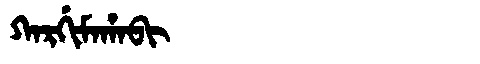
Manchu: ᡴᠠᡵᡤᡳᠮᠠᡥᠠᠪᡳ
Romanization: KARGIMAHABI